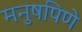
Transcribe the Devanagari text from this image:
मनुषपिणे